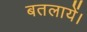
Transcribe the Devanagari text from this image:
बतलायें।